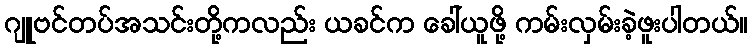
ဂျူဗင်တပ်အသင်းတို့ကလည်း ယခင်က ခေါ်ယူဖို့ ကမ်းလှမ်းခဲ့ဖူးပါတယ်။